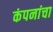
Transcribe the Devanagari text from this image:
कंपनांचा